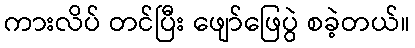
ကားလိပ် တင်ပြီး ဖျော်ဖြေပွဲ စခဲ့တယ်။